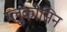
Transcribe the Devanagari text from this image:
ग्लुकोसिन